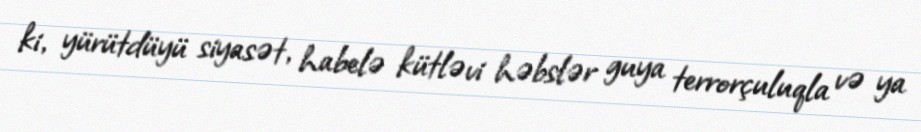
ki, yürütdüyü siyasət, habelə kütləvi həbslər guya terrorçuluqla və ya